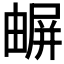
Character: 𡳧